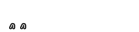
٤٦